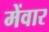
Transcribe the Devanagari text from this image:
मेंवार